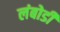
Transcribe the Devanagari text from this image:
लंबोडी